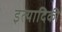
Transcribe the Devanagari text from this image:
इत्‍यादिकी